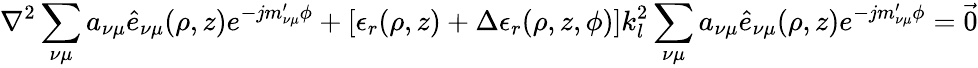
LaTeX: \nabla^{2}\sum_{\nu\mu}a_{\nu\mu}\hat{e}_{\nu\mu}(\rho,z)e^{-jm_{\nu\mu}^{\prime}\phi}+[\epsilon_{r}(\rho,z)+\Delta\epsilon_{r}(\rho,z,\phi)]k_{l}^{2}\sum_{\nu\mu}a_{\nu\mu}\hat{e}_{\nu\mu}(\rho,z)e^{-jm_{\nu\mu}^{\prime}\phi}={\vec{0}}